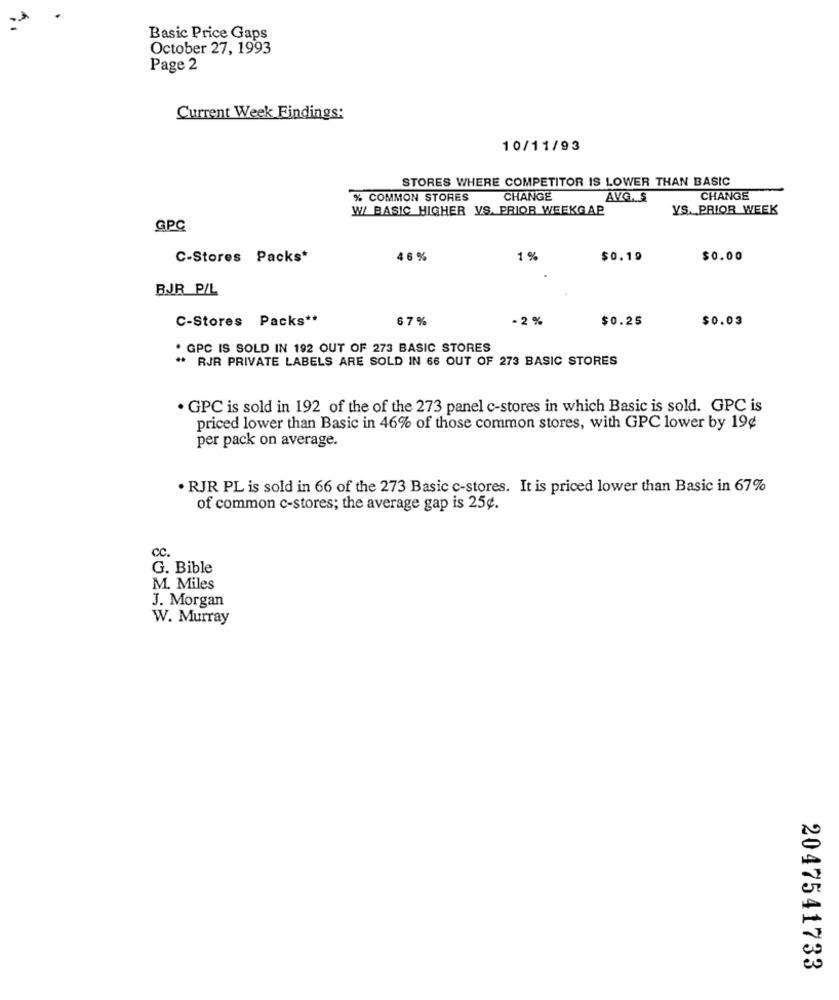
Basic Price Gaps
October 27, 1993
Page 2
Current Week Findings:
10/11/93
STORES WHERE COMPETITOR IS LOWER THAN BASIC
% COMMON STORES
CHANGE
AVG. $
CHANGE
W/ BASIC HIGHER VS. PRIOR WEEKGAP
YS. PRIOR WEEK
GPC
C-Stores Packs*
46%
1 %
$0.19
$0.00
BJR P/L
C-Stores Packs **
67%
- 2 %
$0.25
$0.03
. GPC IS SOLD IN 192 OUT OF 273 BASIC STORES
* RJR PRIVATE LABELS ARE SOLD IN 66 OUT OF 273 BASIC STORES
. GPC is sold in 192 of the of the 273 panel c-stores in which Basic is sold. GPC is
priced lower than Basic in 46% of those common stores, with GPC lower by 19¢
per pack on average.
. RJR PL is sold in 66 of the 273 Basic c-stores. It is priced lower than Basic in 67%
of common c-stores; the average gap is 25¢.
cc.
G. Bible
M. Miles
J. Morgan
W. Murray
2047541733